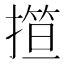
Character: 𢴈